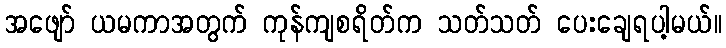
အဖျော် ယမကာအတွက် ကုန်ကျစရိတ်က သတ်သတ် ပေးချေရပါ့မယ်။